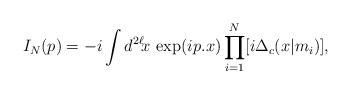
LaTeX: \begin{align*}I_N(p) = -i\int d^{2\ell}\!x\,\exp(ip.x)\prod_{i=1}^N[i\Delta_c(x|m_i)],\end{align*}